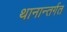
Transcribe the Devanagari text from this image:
थानान्तर्गत